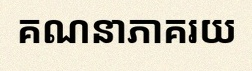
គណនាភាគរយ